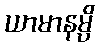
ယာမာနမ္ပိ